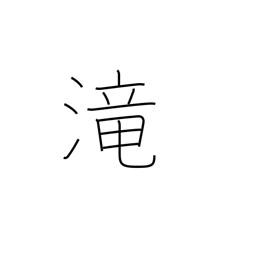
Meaning: cascade